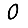
Digit: 0